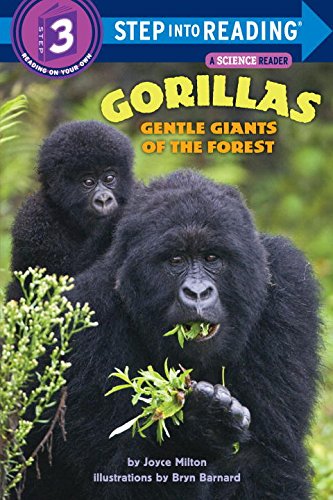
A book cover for Gorillas: Gentle Giants of the Forest (Step-Into-Reading, Step 3); Joyce Milton; Children's Books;